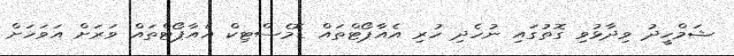
ޝަމްހީދު ވިދާޅުވި ގޮތުގައި ނުހެދި ހުރި އެއާޕޯޓްތައް ޑޮމެސްޓިކް އެއާޕޯޓްތައް ވަރަށް އަވަހަށް